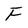
Character: F